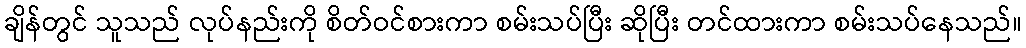
ချိန်တွင် သူသည် လုပ်နည်းကို စိတ်ဝင်စားကာ စမ်းသပ်ပြီး ဆိုပြီး တင်ထားကာ စမ်းသပ်နေသည်။